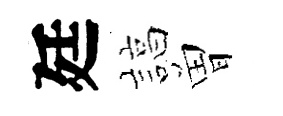
廷諄曽